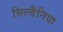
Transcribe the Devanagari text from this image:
सिल्वैनिया